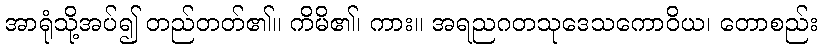
အာရုံသို့အပ်၍ တည်တတ်၏။ ကိမိ၏၊ ကား။ အရညဂတသုဒေသကောဝိယ၊ တောစည်း